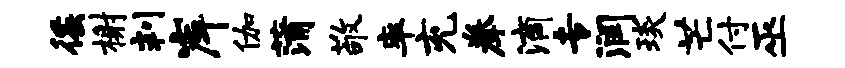
徭榭判岸伽蒲敬率充拳滴专润琰芒付巫